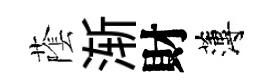
䕃渐財薄